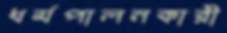
ধর্মপালনকারী